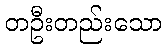
တဦးတည်းသော